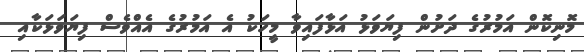
މޮނިކޮން އަމުރުގެ ދަށުން ފިޔަވަޅު އަޅާފައިވާ މީހަކު އެ އަމުރުގެ އެއްވެސް ފިޔަވަޅަކާއި